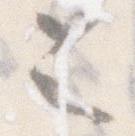
令